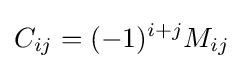
C_{ij}=(-1)^{i+j}M_{ij}